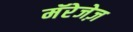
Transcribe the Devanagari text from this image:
मॅरेजेज़